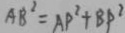
A B ^ { 2 } = A P ^ { 2 } + B P ^ { 2 }